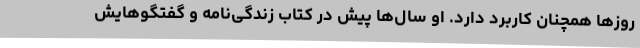
روزها همچنان کاربرد دارد. او سال‌ها پیش در کتاب زندگی‌نامه و گفتگوهایش